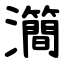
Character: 㶕